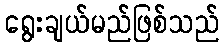
ရွေးချယ်မည်ဖြစ်သည်